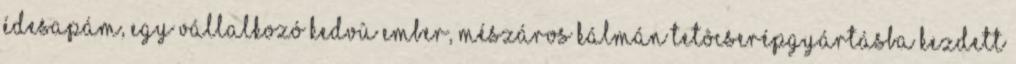
édesapám, egy vállalkozó kedvû ember, Mészáros Kálmán tetôcserépgyártásba kezdett